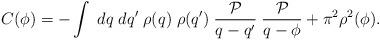
LaTeX: \begin{align*}C(\phi) = - \int \; dq \; dq' \; \rho(q) \; \rho(q') \; \frac{{\cal P}}{q-q'}\; \frac{{\cal P}}{q-\phi} + \pi^{2} \rho^{2} (\phi) . \end{align*}